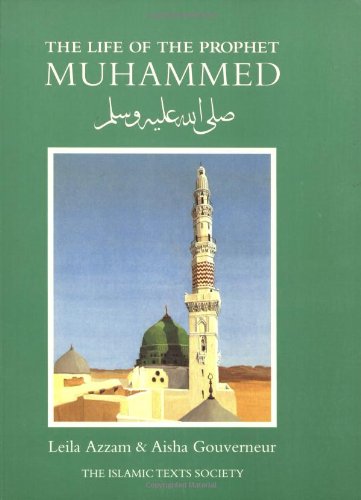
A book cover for The Life of the Prophet Muhammad; Leila Azzam; Religion & Spirituality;